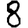
Digit: 8